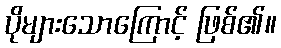
ပိုများသောကြောင့် ဖြစ်၏။